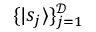
\{ | s _ { j } \rangle \} _ { j = 1 } ^ { \mathcal { D } }